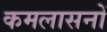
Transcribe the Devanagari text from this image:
कमलासनों